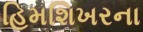
હિમશિખરના